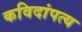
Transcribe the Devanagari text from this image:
कविदांपत्य